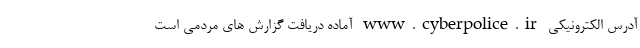
آدرس الکترونیکی www.cyberpolice.ir آماده دریافت گزارش های مردمی است